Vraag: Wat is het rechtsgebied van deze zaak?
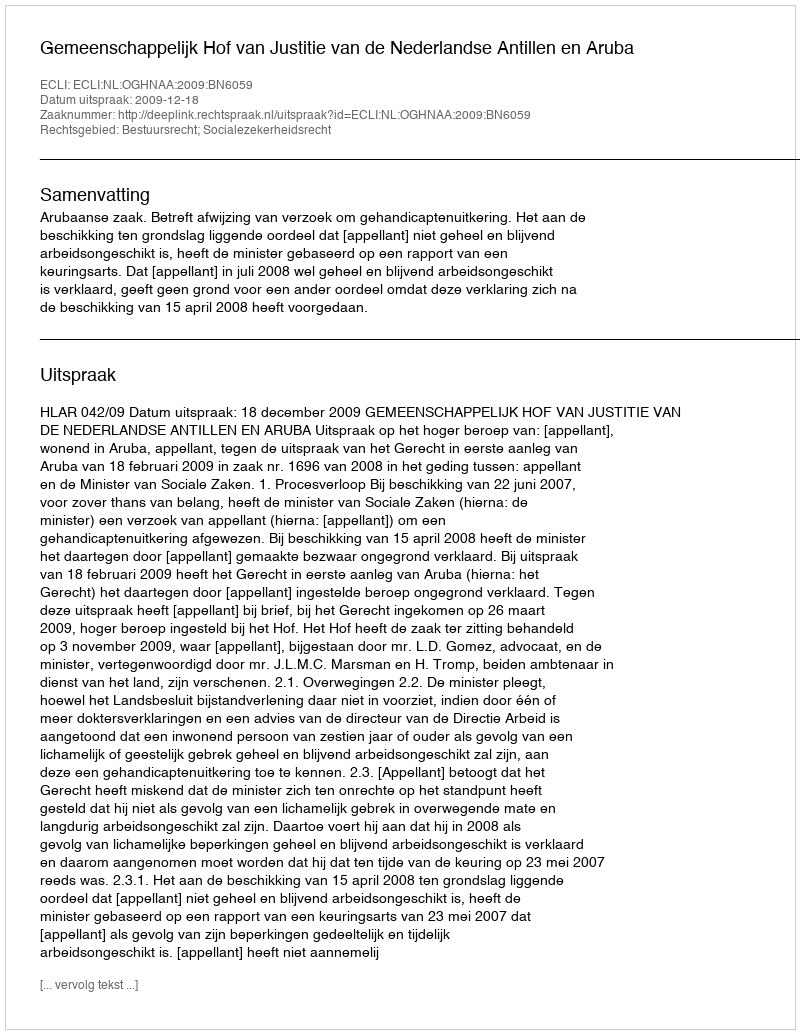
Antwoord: Bestuursrecht; Socialezekerheidsrecht